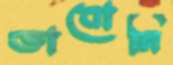
ভাবোনি